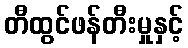
တီထွင်ဖန်တီးမှုနှင့်